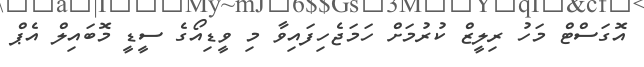
އޮގަސްޓް މަހު ރިލީޒް ކުރުމަށް ހަމަޖެހިފައިވާ މި ވީޑިއޯގެ ސީޑީ މޮބައިލް އެޕް